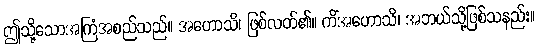
ဤသို့သောအကြံအစည်သည်။ အဟောသိ၊ ဖြစ်လတ်၏။ ကိံအဟောသိ၊ အဘယ်သို့ဖြစ်သနည်း။